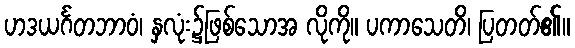
ဟဒယင်္ဂတဘာဝံ၊ နှလုံး၌ဖြစ်သောအ လိုကို။ ပကာသေတိ၊ ပြတတ်၏။